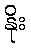
နိုး